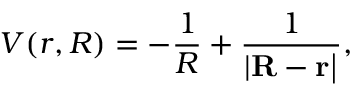
V ( r , R ) = - \frac 1 R + \frac 1 { | \bf { R } - \bf { r } | } ,